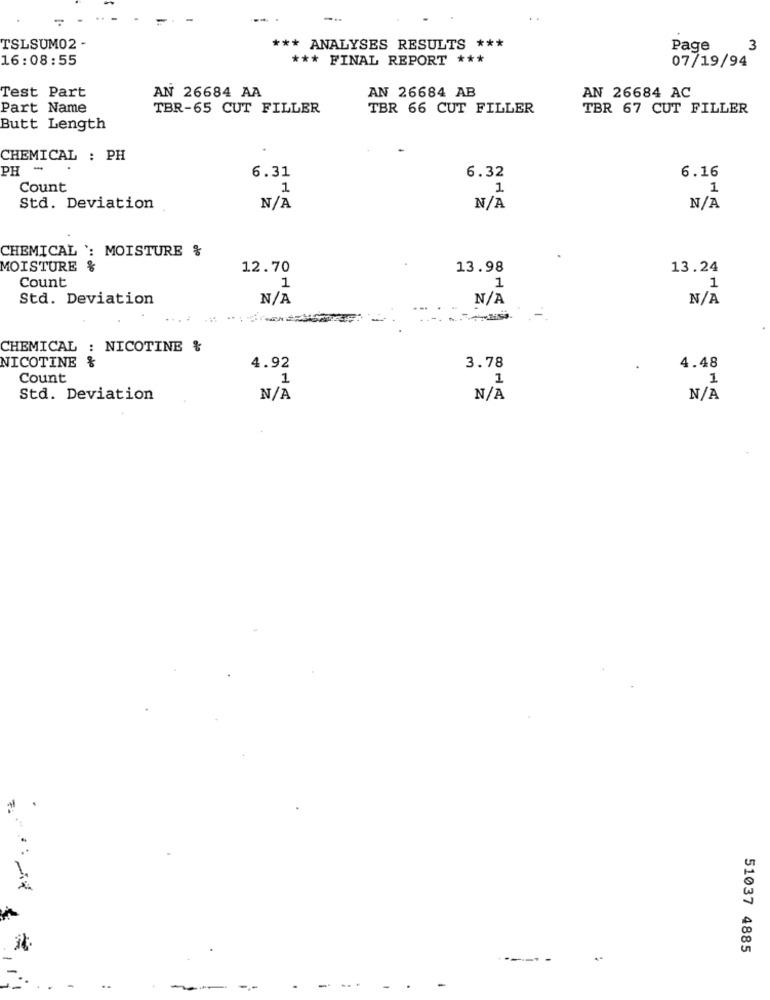
-
TSLSUM02 -
*** ANALYSES RESULTS ***
Page
3
16:08:55
*** FINAL REPORT ***
07/19/94
Test Part
AN 26684 AB
AN 26684 AA
AN 26684 AC
Part Name
TBR-65 CUT FILLER
TBR 66 CUT FILLER
TBR 67 CUT FILLER
Butt Length
CHEMICAL : PH
PH
-
6.31
6.32
6.16
Count
1
1.
1
Std. Deviation
CHEMICAL ': MOISTURE &
MOISTURE %
12.70
13.98
13.24
Count
1
1
1
Std. Deviation
CHEMICAL : NICOTINE &
3.78
NICOTINE &
4.92
4.48
Count
1
1
1
Std. Deviation
51037 4885
..
. .